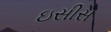
ઇસીસ